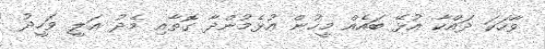
ވާހަކަ ދައްކާ އުޅޭ ބައެއް މީހުން އުޅެމުންދާ ގޮތާއި މެދު ޢަލީ ވަހީދު